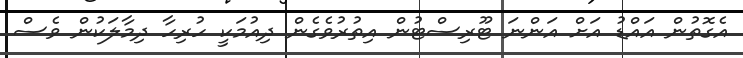
އެގޮތުން އައްޑު އަށް އަންނަ ޓޫރިސްޓުން އިތުރުވެގެން ދިއުމަކީ ހުރިހާ ދިމާލަކުން ވެސް